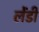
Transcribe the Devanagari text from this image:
लेंडीं